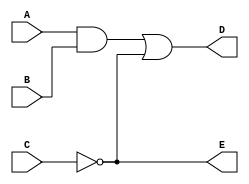
// Verilog model of simple circuit with propagation delay
module Simple_Circuit_prop_delay (A, B, C, D, E);
  output	D, E;
  input		A, B, C;
  wire		w1;
  
  and 	#(30) G1 (w1, A, B);
  not	#(10) G2 (E, C);
  or	#(20) G3 (D, w1, E);
endmodule